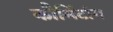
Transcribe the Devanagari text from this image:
कौमिंटांग